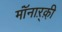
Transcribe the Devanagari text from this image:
मॉंनाऱ्क़़ी